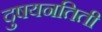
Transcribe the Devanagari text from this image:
दुषयनतिती